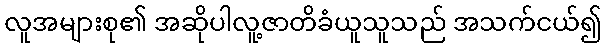
လူအများစု၏ အဆိုပါလူ့ဇာတိခံယူသူသည် အသက်ငယ်၍